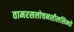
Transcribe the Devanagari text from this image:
तामरसलोचनशीलसिन्धो